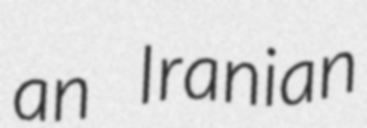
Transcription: an Iranian